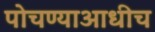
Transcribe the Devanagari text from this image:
पोचण्याआधीच